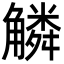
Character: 䚬